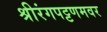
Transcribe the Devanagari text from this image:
श्रीरंगपट्टणमवर